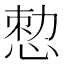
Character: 𢛱